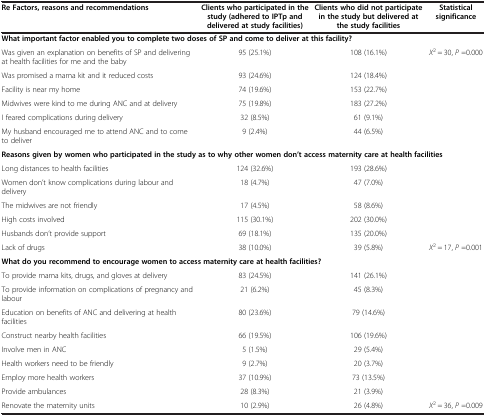
| Re Factors, reasons and recommendations | Clients who participated in the study (adhered to IPTp and delivered at study facilities) | Clients who did not participate in the study but delivered at the study facilities | Statistical significance |
 | --- | --- | --- | --- |
 | <COLSPAN=4> What important factor enabled you to complete two doses of SP and come to deliver at this facility? |
 | Was given an explanation on benefits of SP and delivering at health facilities for me and the baby | 95 (25.1%) | 108 (16.1%) | X2 = 30, P =0.000 |
 | Was promised a mama kit and it reduced costs | 93 (24.6%) | 124 (18.4%) | <ROWSPAN=5>  |
 | Facility is near my home | 74 (19.6%) | 153 (22.7%) |
 | Midwives were kind to me during ANC and at delivery | 75 (19.8%) | 183 (27.2%) |
 | I feared complications during delivery | 32 (8.5%) | 61 (9.1%) |
 | My husband encouraged me to attend ANC and to come to deliver | 9 (2.4%) | 44 (6.5%) |
 | <COLSPAN=4> Reasons given by women who participated in the study as to why other women don’t access maternity care at health facilities |
 | Long distances to health facilities | 124 (32.6%) | 193 (28.6%) | <ROWSPAN=5>  |
 | Women don’t know complications during labour and delivery | 18 (4.7%) | 47 (7.0%) |
 | The midwives are not friendly | 17 (4.5%) | 58 (8.6%) |
 | High costs involved | 115 (30.1%) | 202 (30.0%) |
 | Husbands don’t provide support | 69 (18.1%) | 135 (20.0%) |
 | Lack of drugs | 38 (10.0%) | 39 (5.8%) | X2 = 17, P =0.001 |
 | <COLSPAN=4> What do you recommend to encourage women to access maternity care at health facilities? |
 | To provide mama kits, drugs, and gloves at delivery | 83 (24.5%) | 141 (26.1%) | <ROWSPAN=8>  |
 | To provide information on complications of pregnancy and labour | 21 (6.2%) | 45 (8.3%) |
 | Education on benefits of ANC and delivering at health facilities | 80 (23.6%) | 79 (14.6%) |
 | Construct nearby health facilities | 66 (19.5%) | 106 (19.6%) |
 | Involve men in ANC | 5 (1.5%) | 29 (5.4%) |
 | Health workers need to be friendly | 9 (2.7%) | 20 (3.7%) |
 | Employ more health workers | 37 (10.9%) | 73 (13.5%) |
 | Provide ambulances | 28 (8.3%) | 21 (3.9%) |
 | Renovate the maternity units | 10 (2.9%) | 26 (4.8%) | X2 = 36, P =0.009 |